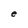
Character: e